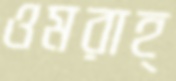
ওমরাহ্‌